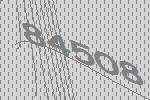
84508